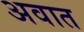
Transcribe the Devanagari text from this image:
अवात